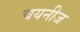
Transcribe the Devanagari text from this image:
चयनीज